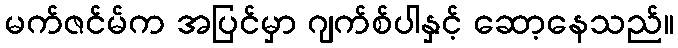
မက်ဇင်မ်က အပြင်မှာ ဂျက်စ်ပါနှင့် ဆော့နေသည်။